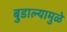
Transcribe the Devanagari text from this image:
बुडाल्यामुळे